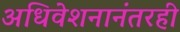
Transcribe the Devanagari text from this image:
अधिवेशनानंतरही